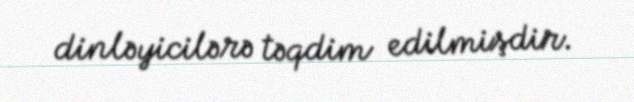
dinləyicilərə təqdim edilmişdir.